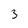
Character: 3